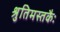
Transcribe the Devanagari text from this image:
श्रुतिमस्तकैः